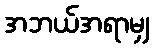
အဘယ်အရာမျှ